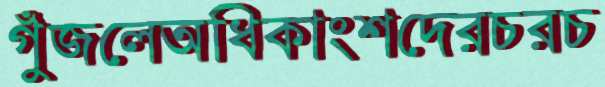
গুঁজলেঅধিকাংশদেরচরচ